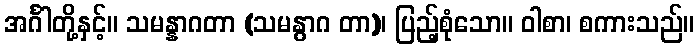
အင်္ဂါတို့နှင့်။ သမန္နာဂတာ (သမနွာဂ တာ)၊ ပြည့်စုံသော။ ဝါစာ၊ စကားသည်။